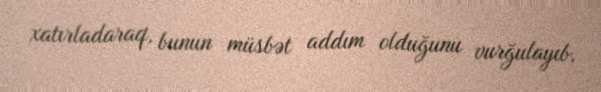
xatırladaraq, bunun müsbət addım olduğunu vurğulayıb.